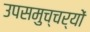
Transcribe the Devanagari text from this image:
उपसमुच्चर्यों